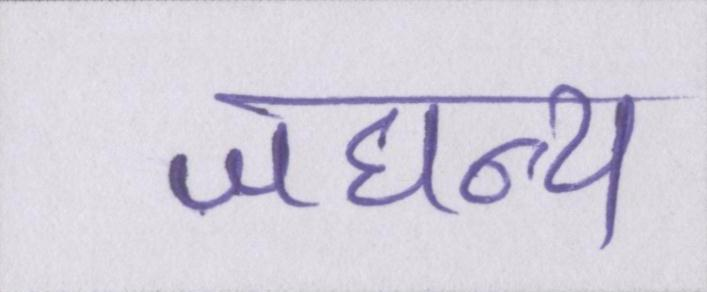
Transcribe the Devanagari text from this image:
जघन्य